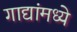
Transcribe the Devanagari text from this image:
गाद्यांमध्ये